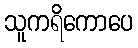
သူကရိကောပေ